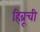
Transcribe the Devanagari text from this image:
हिब्रूची